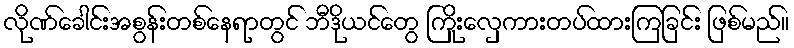
လိုဏ်ခေါင်းအစွန်းတစ်နေရာတွင် ဘီဒိုယင်တွေ ကြိုးလှေကားတပ်ထားကြခြင်း ဖြစ်မည်။